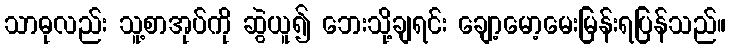
သာဓုလည်း သူ့စာအုပ်ကို ဆွဲယူ၍ ဘေးသို့ချရင်း ချော့မော့မေးမြန်းရပြန်သည်။